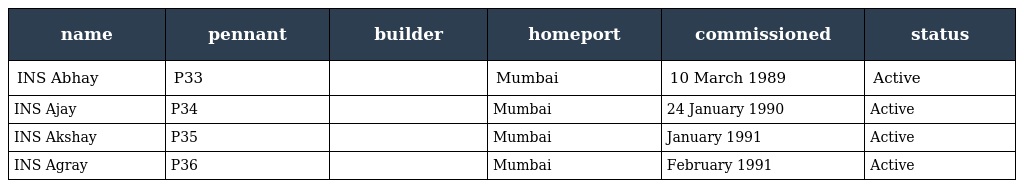
| name | pennant | builder | homeport | commissioned | status |
 | --- | --- | --- | --- | --- | --- |
 | INS Abhay | P33 |  | Mumbai | 10 March 1989 | Active |
 | INS Ajay | P34 |  | Mumbai | 24 January 1990 | Active |
 | INS Akshay | P35 |  | Mumbai | January 1991 | Active |
 | INS Agray | P36 |  | Mumbai | February 1991 | Active |